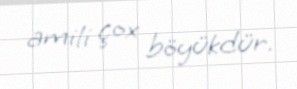
amili çox böyükdür.